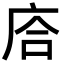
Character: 𢈈